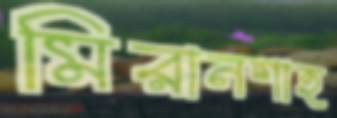
মিরানশাহ